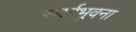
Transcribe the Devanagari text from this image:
स्वर्गभुवना